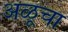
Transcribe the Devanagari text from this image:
अळूचा